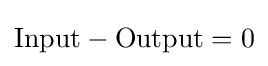
\mathrm {Input} -\mathrm {Output} =\mathrm {0}